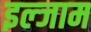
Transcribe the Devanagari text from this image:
इल्‍जाम